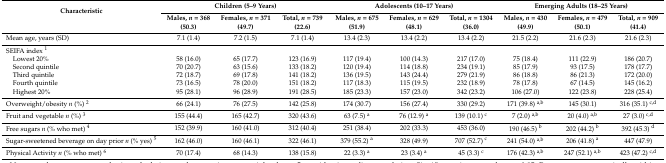
<table><thead><tr><td rowspan="2"><b>Characteristic</b></td><td colspan="3"><b>Children (5–9 Years)</b></td><td colspan="3"><b>Adolescents (10–17 Years)</b></td><td colspan="3"><b>Emerging Adults (18–25 Years)</b></td></tr><tr><td><b>Males, <i>n</i> = 368 (50.3)</b></td><td><b>Females, <i>n</i> = 371 (49.7)</b></td><td><b>Total, <i>n</i> = 739 (22.6)</b></td><td><b>Males, <i>n</i> = 675 (51.9)</b></td><td><b>Females, <i>n</i> = 629 (48.1)</b></td><td><b>Total, <i>n</i> = 1304 (36.0)</b></td><td><b>Males, <i>n</i> = 430 (49.9)</b></td><td><b>Females, <i>n</i> = 479 (50.1)</b></td><td><b>Total, <i>n</i> = 909 (41.4)</b></td></tr></thead><tbody><tr><td>Mean age, years (SD)</td><td>7.1 (1.4)</td><td>7.2 (1.5)</td><td>7.1 (1.4)</td><td>13.4 (2.3)</td><td>13.4 (2.2)</td><td>13.4 (2.2)</td><td>21.5 (2.2)</td><td>21.6 (2.3)</td><td>21.6 (2.3)</td></tr><tr><td>SEIFA index <sup>1</sup></td><td></td><td></td><td></td><td></td><td></td><td></td><td></td><td></td><td></td></tr><tr><td> Lowest 20%</td><td>58 (16.0)</td><td>65 (17.7)</td><td>123 (16.9)</td><td>117 (19.4)</td><td>100 (14.3)</td><td>217 (17.0)</td><td>75 (18.4)</td><td>111 (22.9)</td><td>186 (20.7)</td></tr><tr><td> Second quintile</td><td>70 (20.7)</td><td>63 (15.6)</td><td>133 (18.2)</td><td>120 (19.4)</td><td>114 (18.8)</td><td>234 (19.1)</td><td>85 (17.9)</td><td>93 (17.5)</td><td>178 (17.7)</td></tr><tr><td> Third quintile</td><td>72 (18.7)</td><td>69 (17.8)</td><td>141 (18.2)</td><td>136 (19.5)</td><td>143 (24.4)</td><td>279 (21.9)</td><td>86 (18.8)</td><td>86 (21.3)</td><td>172 (20.0)</td></tr><tr><td> Fourth quintile</td><td>73 (16.5)</td><td>78 (20.0)</td><td>151 (18.2)</td><td>117 (18.3)</td><td>115 (19.5)</td><td>232 (18.9)</td><td>78 (17.8)</td><td>67 (14.5)</td><td>145 (16.2)</td></tr><tr><td> Highest 20%</td><td>95 (28.1)</td><td>96 (28.9)</td><td>191 (28.5)</td><td>185 (23.3)</td><td>157 (23.0)</td><td>342 (23.2)</td><td>106 (27.0)</td><td>122 (23.8)</td><td>228 (25.4)</td></tr><tr><td>Overweight/obesity <i>n</i> (%) <sup>2</sup></td><td>66 (24.1)</td><td>76 (27.5)</td><td>142 (25.8)</td><td>174 (30.7)</td><td>156 (27.4)</td><td>330 (29.2)</td><td>171 (39.8) <sup>a,b</sup></td><td>145 (30.1)</td><td>316 (35.1) <sup>c,d</sup></td></tr><tr><td>Fruit and vegetable <i>n</i> (%) <sup>3</sup></td><td>155 (44.4)</td><td>165 (42.7)</td><td>320 (43.6)</td><td>63 (7.5) <sup>a</sup></td><td>76 (12.9) <sup>a</sup></td><td>139 (10.1) <sup>c</sup></td><td>7 (2.0) <sup>a,b</sup></td><td>20 (4.0) <sup>a,b</sup></td><td>27 (3.0) <sup>c,d</sup></td></tr><tr><td>Free sugars <i>n</i> (% who met) <sup>4</sup></td><td>152 (39.9)</td><td>160 (41.0)</td><td>312 (40.4)</td><td>251 (38.4)</td><td>202 (33.3)</td><td>453 (36.0)</td><td>190 (46.5) <sup>b</sup></td><td>202 (44.2) <sup>b</sup></td><td>392 (45.3) <sup>d</sup></td></tr><tr><td>Sugar-sweetened beverage on day prior <i>n</i> (% yes) <sup>5</sup></td><td>162 (46.0)</td><td>160 (46.1)</td><td>322 (46.1)</td><td>379 (55.2) <sup>a</sup></td><td>328 (49.9)</td><td>707 (52.7) <sup>c</sup></td><td>241 (54.0) <sup>a,b</sup></td><td>206 (41.8) <sup>a</sup></td><td>447 (47.9)</td></tr><tr><td>Physical Activity <i>n</i> (% who met) <sup>6</sup></td><td>70 (17.4)</td><td>68 (14.3)</td><td>138 (15.8)</td><td>22 (3.3) <sup>a</sup></td><td>23 (3.4) <sup>a</sup></td><td>45 (3.3) <sup>c</sup></td><td>176 (42.3) <sup>a,b</sup></td><td>247 (52.1) <sup>a,b</sup></td><td>423 (47.2) <sup>c,d</sup></td></tr></tbody></table>